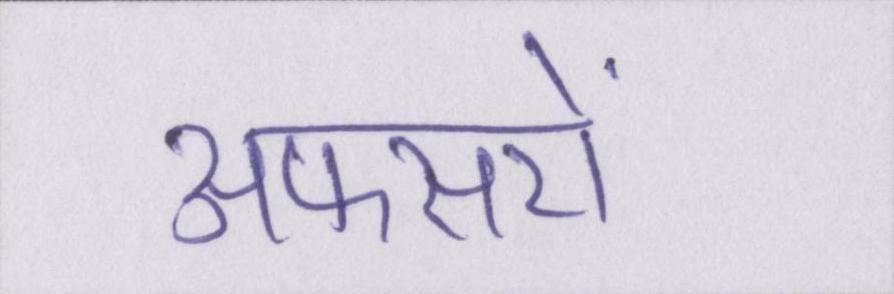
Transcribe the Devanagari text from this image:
अफसरों